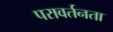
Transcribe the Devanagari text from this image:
परावर्तनता